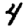
Digit: 4